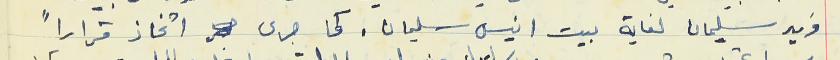
فريد سليمان لغاية بيت انيس سليمان. كما جرى  اتخاذ قراراً